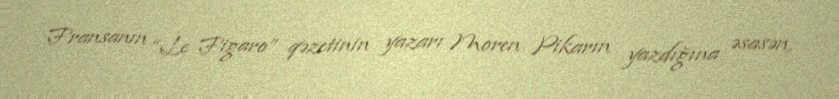
Fransanın “Le Figaro” qəzetinin yazarı Moren Pikarın yazdığına əsasən,